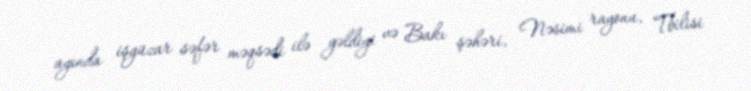
ayında işgüzar səfər məqsədi ilə gəldiyi və Bakı şəhəri, Nəsimi rayonu, Tbilisi